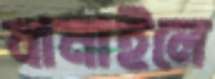
বানাইলে